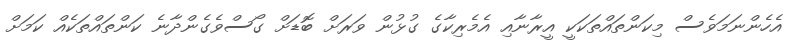
އެހެންނަމަވެސް މިކަންތައްތަކަކީ އީރާނާއި އެމެރިކާގެ ގުޅުން ވަރަށް ބޮޑަށް ގޯސްވެގެންދާނެ ކަންތައްތަކެއް ކަމަށް